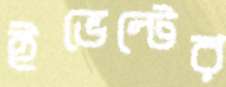
ইভেন্টের